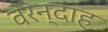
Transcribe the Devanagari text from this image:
वरन्दाह